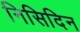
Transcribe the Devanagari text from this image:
निसिदिन